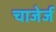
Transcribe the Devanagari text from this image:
चाजेर्ज